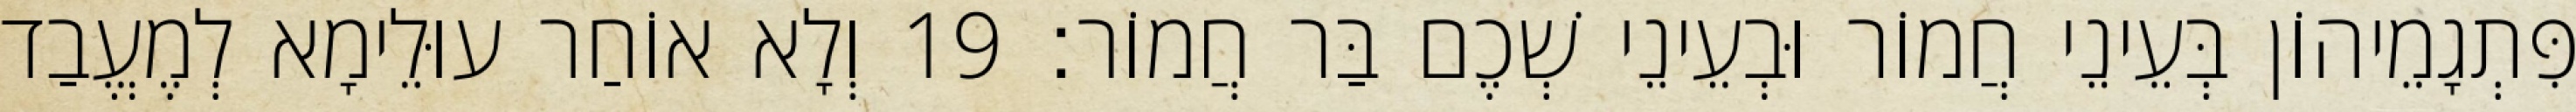
פִּתְגָמֵיהוֹן בְּעֵינֵי חֲמוֹר וּבְעֵינֵי שְׁכֶם בַּר חֲמוֹר׃ 19 וְלָא אוֹחַר עוּלֵימָא לְמֶעֱבַד